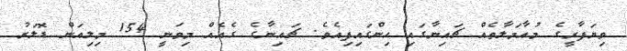
ވިޔަފާރީގެ މުއާމަލާތެއް ޗައިނާގައި ހިންގައިފިއެވެ. ޗައިނާގެ ގެއެއް މިވަނީ 154 މިލިއަން ޑޮލަރު